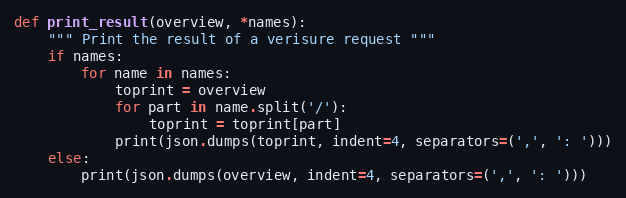
Language: Python
def print_result(overview, *names):
    """ Print the result of a verisure request """
    if names:
        for name in names:
            toprint = overview
            for part in name.split('/'):
                toprint = toprint[part]
            print(json.dumps(toprint, indent=4, separators=(',', ': ')))
    else:
        print(json.dumps(overview, indent=4, separators=(',', ': ')))